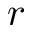
r